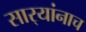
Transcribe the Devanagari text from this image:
सार्‍यांनाच